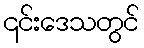
၎င်းဒေသတွင်